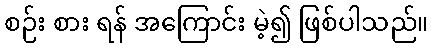
စဉ်း စား ရန် အကြောင်း မဲ့၍ ဖြစ်ပါသည်။